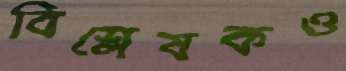
বিশ্লেষকও